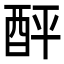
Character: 𨠟